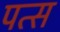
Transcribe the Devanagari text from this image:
पत्स